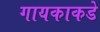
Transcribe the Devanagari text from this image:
गायकाकडे